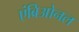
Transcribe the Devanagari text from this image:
एंब्रिओनल